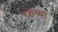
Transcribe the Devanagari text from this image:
रशच्या